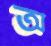
অ